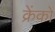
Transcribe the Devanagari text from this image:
क्रेंकों